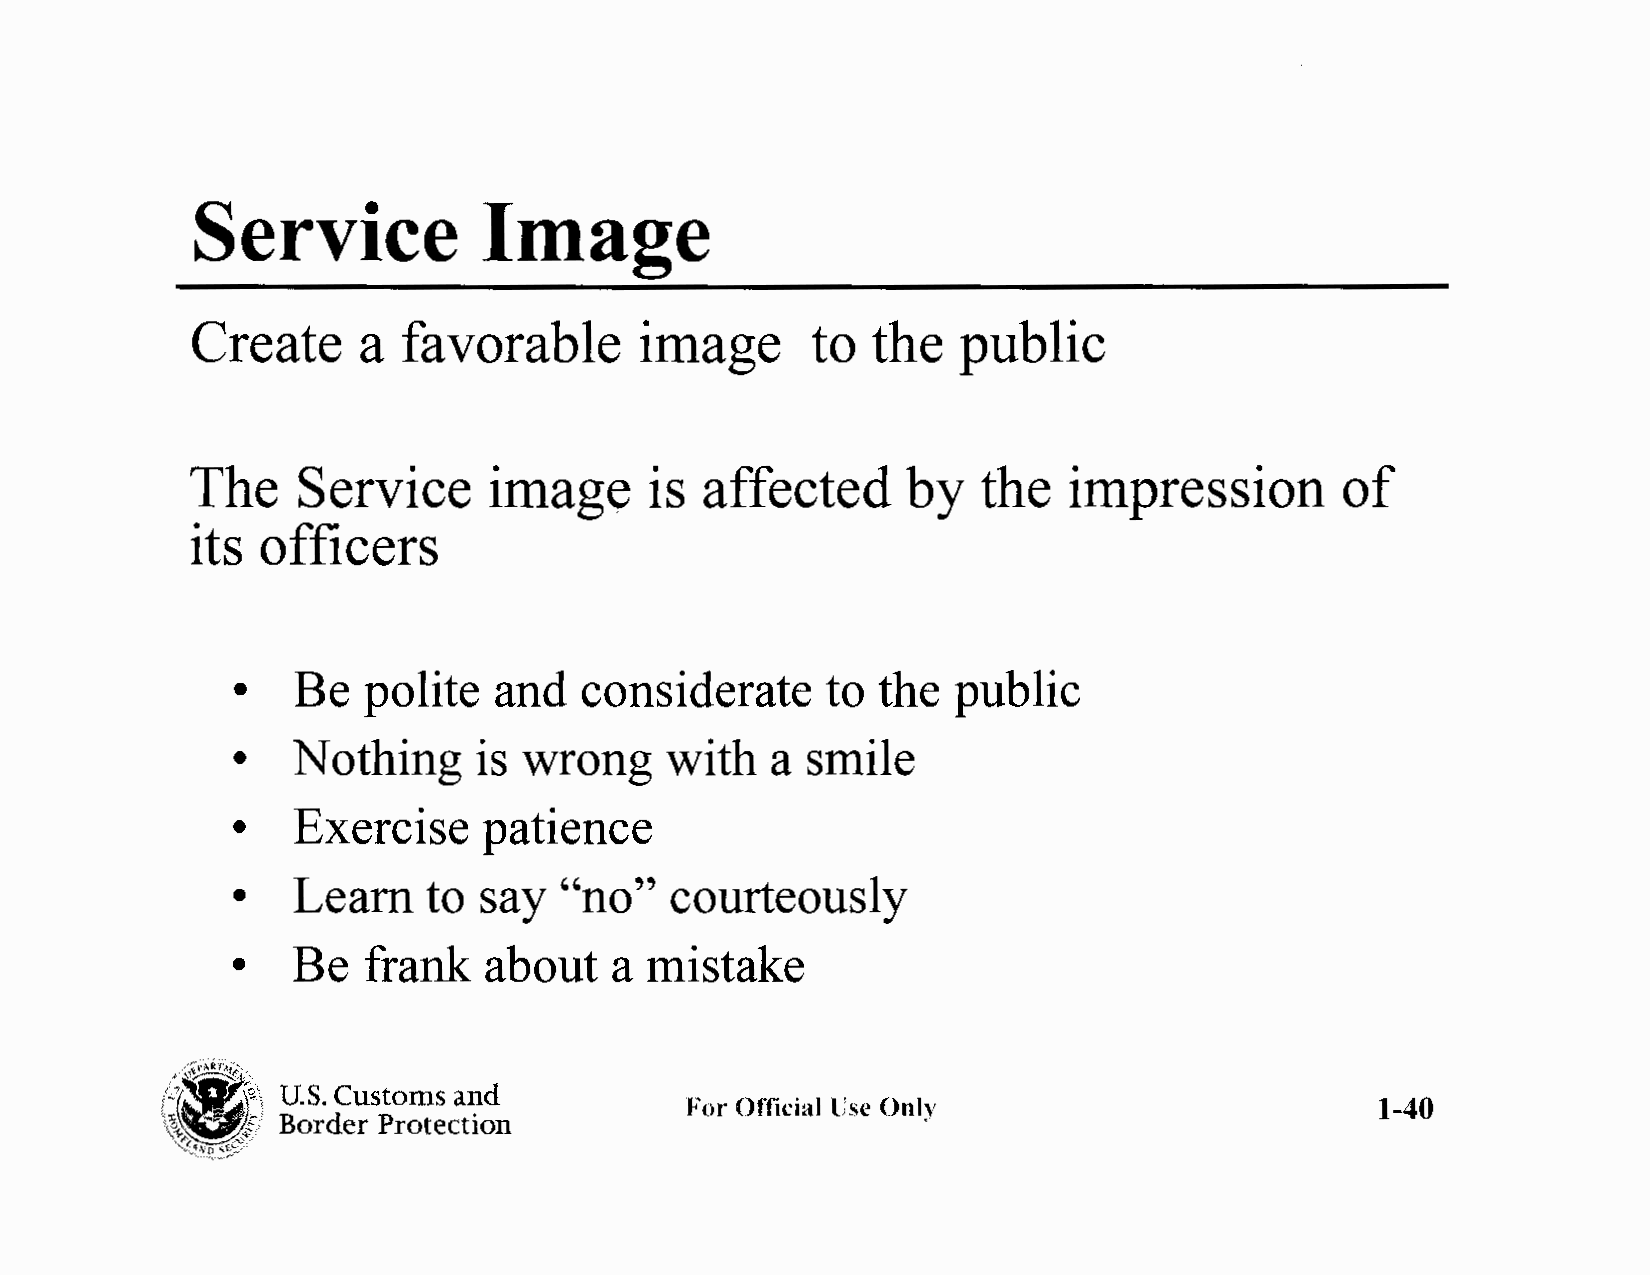
Service            Image
 Create     a  favorable      image       to  the   public
 The    Service     image      is  affected     by   the   impression        of
 its officers
 •   Be   polite   and  considerate      to the  public
 •   Nothing      is wrong    with   a smile
 •   Exercise     patience
 •   Learn    to  say  "no"   courteously
 •   Be   frank   about    a mistake
 /~~;.,
 l'73E},1
 U.S. Customs and
 ~gr                               For Official lJsc Only                        1-40
 1       Border Protection
 "(~~No stS'~·,
 ·,, ,,,,,,J-